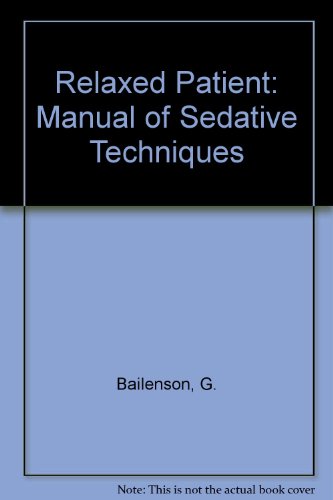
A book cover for Relaxed Patient: Manual of Sedative Techniques; G. Bailenson; Medical Books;